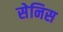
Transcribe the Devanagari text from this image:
सेनिस